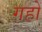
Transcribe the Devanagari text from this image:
गहों